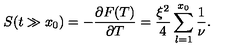
S ( t \gg x _ { 0 } ) = - \frac { \partial F ( T ) } { \partial T } = \frac { \xi ^ { 2 } } { 4 } \sum _ { l = 1 } ^ { x _ { 0 } } \frac { 1 } { \nu } .